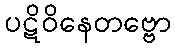
ပဋိဝိနေတဗ္ဗော